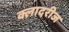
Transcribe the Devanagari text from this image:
क्लादरीज